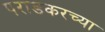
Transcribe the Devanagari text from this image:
पराडकरच्या